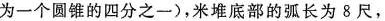
为一个圆锥的四分之一)，米堆底部的弧长为8尺，